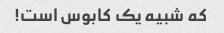
که شبیه یک کابوس است!